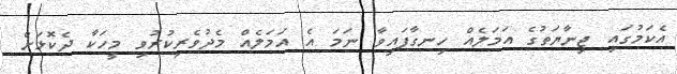
އެކަމުގައި ޖިނާޔަތުގެ އަމަލެއް ހިނގާފައިވާ ނަމަ އެ އަމަލެއް މެދުވެރިކުރުވި މީހަކާ ދެކޮޅަށް